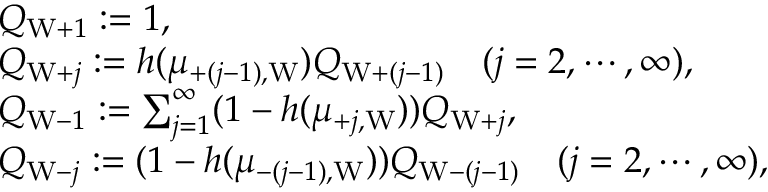
\begin{array} { r l } & { Q _ { \mathrm { W } + 1 } : = 1 , } \\ & { Q _ { \mathrm { W } + j } : = h ( \mu _ { + ( j - 1 ) , \mathrm { W } } ) Q _ { \mathrm { W } + ( j - 1 ) } \quad ( j = 2 , \cdots , \infty ) , } \\ & { Q _ { \mathrm { W } - 1 } : = \sum _ { j = 1 } ^ { \infty } ( 1 - h ( \mu _ { + j , \mathrm { W } } ) ) Q _ { \mathrm { W } + j } , } \\ & { Q _ { \mathrm { W } - j } : = ( 1 - h ( \mu _ { - ( j - 1 ) , \mathrm { W } } ) ) Q _ { \mathrm { W } - ( j - 1 ) } \quad ( j = 2 , \cdots , \infty ) , } \end{array}